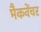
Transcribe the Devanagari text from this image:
मैकवेंचर